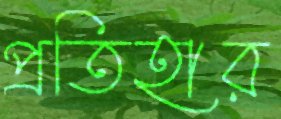
প্রতিহার